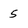
Character: 5